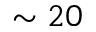
\sim 2 0